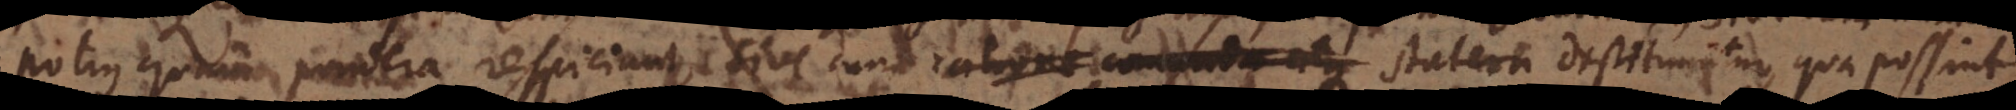
potius quam pondera respiciunt, sive cum ratione commoda atque statera destituuntur, qua possint